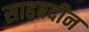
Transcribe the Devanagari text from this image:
साहबदीन